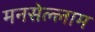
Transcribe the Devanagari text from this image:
मनसेल्लाम